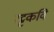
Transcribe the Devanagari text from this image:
रट्टकवि